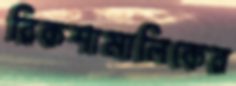
রিকশামালিকের